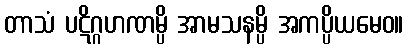
တာသံ ပဋိဂ္ဂဟဏမ္ပိ အာမသနမ္ပိ အကပ္ပိယမေဝ။